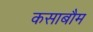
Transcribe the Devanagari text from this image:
कसाबौम